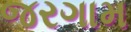
જરગામ